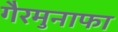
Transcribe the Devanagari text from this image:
गैरमुनाफा